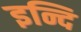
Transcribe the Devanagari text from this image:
इन्दि